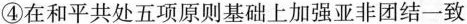
④在和平共处五项原则基础上加强亚非团结一致